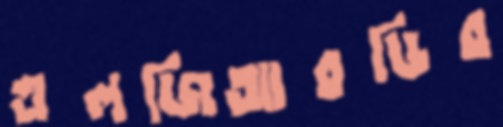
এলজিআরডির